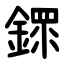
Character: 䤽